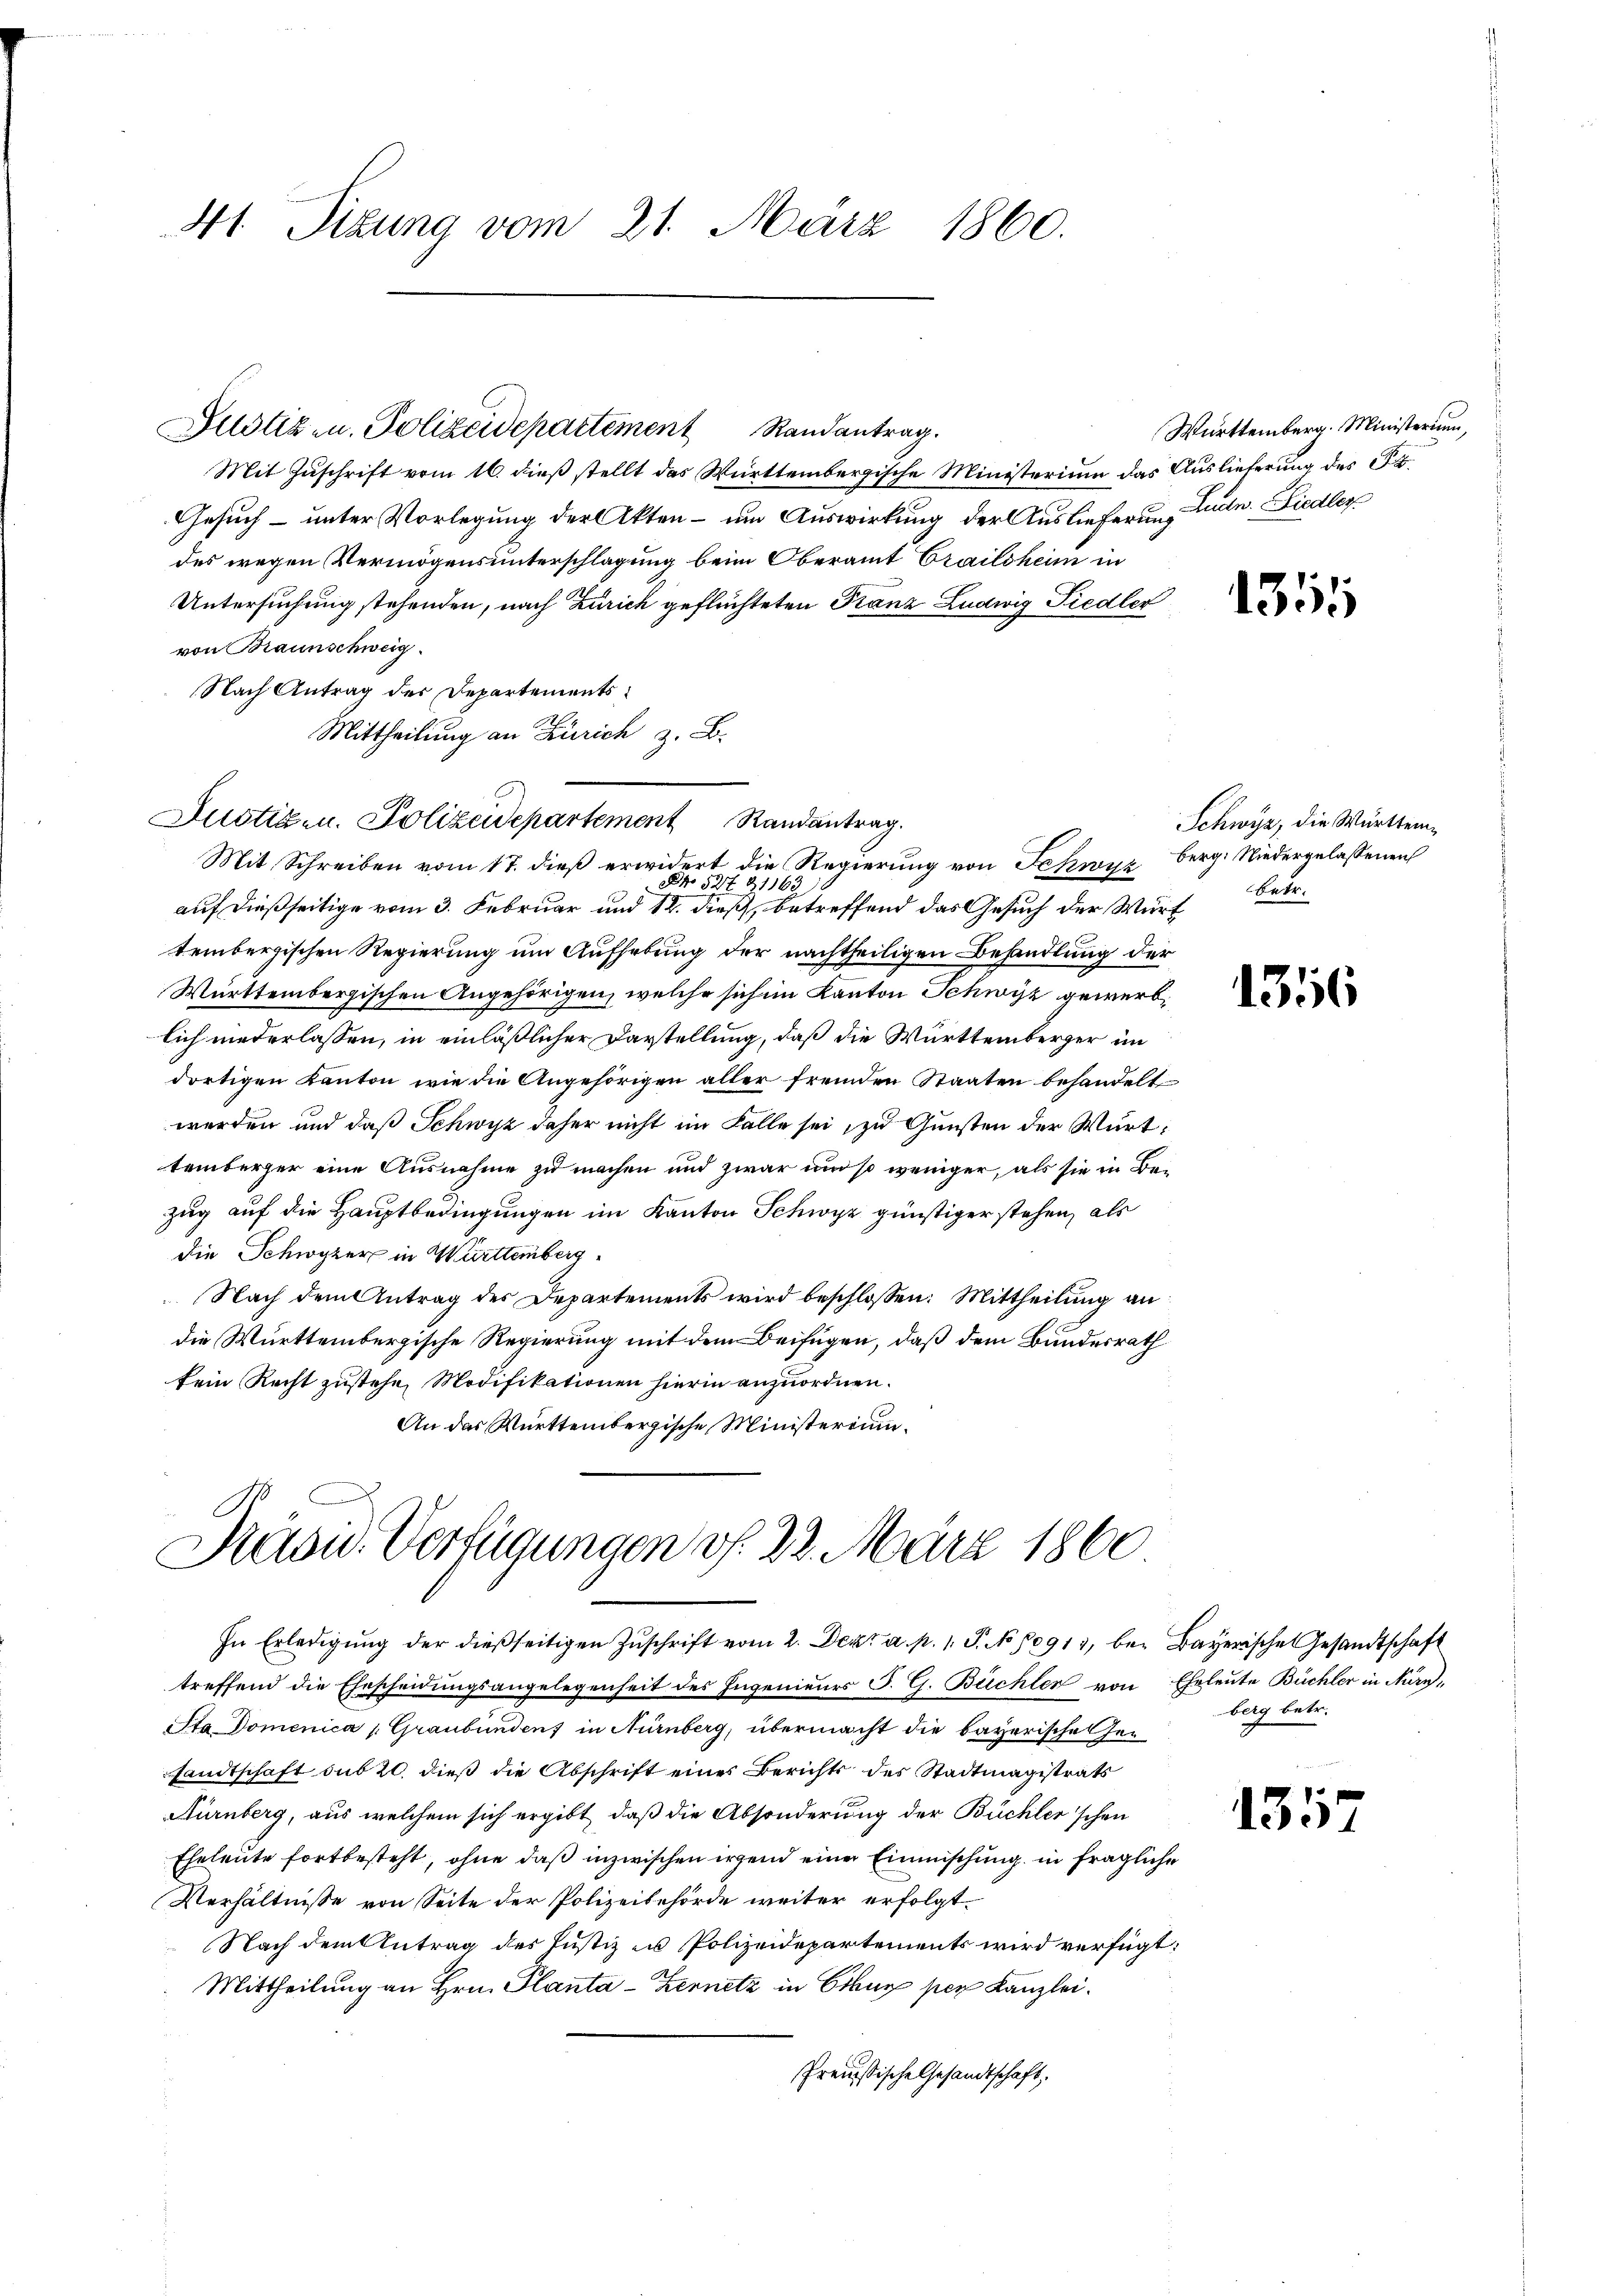
41. Sizung vom 21. März 1860.

Mit Zuschrift vom 16. dieß stellt das Württembergische Ministerium das Auslieferung des §. 4.
Gesuch – unter Vorlegung der Akten – um Auswirkung der Auslieferung Ludn. Liedler
des wegen Vermögensunterschlagung beim Oberamt Grailsheim in
Untersuchung stehenden, nach Zürich geflüchteten Franz Ludwig Fiedler
von Braunschweig
Nach Antrag des Departements¬
Mittheilung an Zürich z. B.
Mit Schreiben vom 17. dieß erwidert die Regierung von Fehwyz berg. Niedergelassenen
NNo 52t 21163).
auf dießseitige vom 3. Februar und 12. dieß, betreffend das Gesuch der Würt
tembergischen Regierung um Aufhebung der nachtheiligen Behandlung der
Württembergischen Angehörigen, welche sich im Kanton Schwyz gewerblich niederlassen, in einläßlicher Darstellung, daß die Württemberger im
dortigen Kanton wie die Angehörigen aller fremden Staaten behandelt
werden und daß Schwyz daher nicht im Falle sei, zu Gunsten der Württemberger eine Ausnahme zu machen und zwar und so weniger, als sie in Bezug auf die Hauptbedingungen im Kanton Schwyz günstiger stehen, als
die Schwyzer in Württemberg
Nach dem Antrag des Departements wird beschlossen: Mittheilung an
die Württembergische Regierung mit dem Beifügen, daß dem Bundesrath
kein Recht zustehe, Modifikationen hierin anzuordnen.
An das Württembergische Ministerium.

Justiz u. Polizeidepartement Randantrag.

Justizen. Polizeidepartement Randantrag.

Saon. Verfügungen v. 22. März 1860
In Erledigŭng der dießseitigen Zŭschrift vom 2. Dezt a. p. 1. J. No 10911, bei Bayerische Gesandtschaft

Württemberg. Ministerium,

treffend die Ehescheidungsangelegenheit des Ingenieurs J. G. Büchler von Eheleute Büchler in Nürn¬
Sta. Domenica (Graubünden in Nürnberg, übermacht die bayerische Her
sandtschaft sub 20. dieß die Abschrift eines Berichts des Stadtmagistrats
Aürnberg, aus welchem sich ergibt, daß die Absonderung der Büchler'schen
Eheleute fortbesteht, ohne daß inzwischen irgend eine Einmischung in fragliche
Verhältnisse von Seite der Polizeibehörde weiter erfolgt.
Nach dem Antrag des Justiz in Polizeidepartements wird verfügt:
Mittheilung an Hrn. Planta-Kernetz in Chur per Kanzlei.
Preußische Gesandtschaft,

1355

Schwyz, die Württembetr.

1356

berg betr.

1357